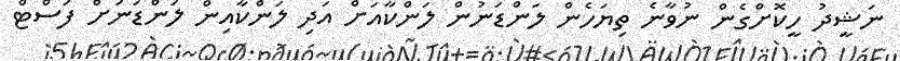
ނަޝީދު ހީކޮށްގެން ނުވާނެ ތިޔަހެން ލަންޑަނުން ލަންކާއަށް އަދި ލަންކާއިން ލަންޑަނަށް ފަސްޓް